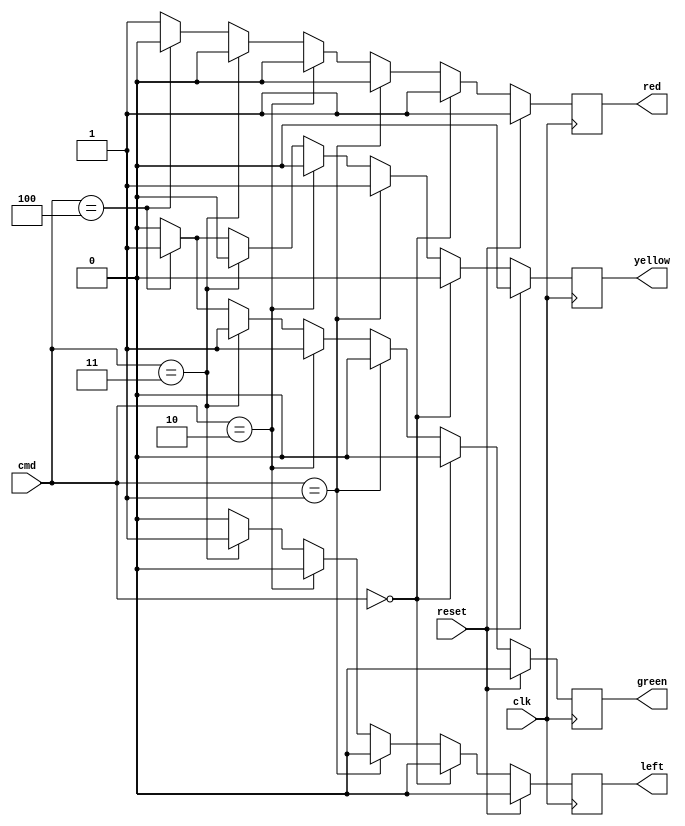
module light3(clk,reset,cmd,red,yellow,green,left);
input clk, reset;
input [2:0] cmd;
output red,yellow,green,left;

reg red,yellow,green,left;

always@(posedge clk)
begin
if (reset)
  begin
//initialize
red =1;
yellow=0;
green=0;
left=0;
  end
else
  begin
//main code
if (cmd==0)
   begin
  //red
   red=1;
   yellow=0;
   green=0;
   left=0;
   end
else if (cmd==1)
   begin
  //yellow
   green=0;
   yellow=1;
   red=0;
   left=0;
   end
else if(cmd==2)
  begin
  //green
   red=0;
   yellow=0;
   green=1;
   left=0;
  end
else if(cmd==3)
  begin
   //left on
   red=0;
   yellow=0;
   green=1;
   left=1;
  
  end
else if(cmd==4)
   begin
    //left turn off
   red=0;
   yellow=1;
   green=1;
   left=0;
   end
else
  begin
  red =1;
yellow=0;
green=0;
left=0;

  end

  end


end


endmodule